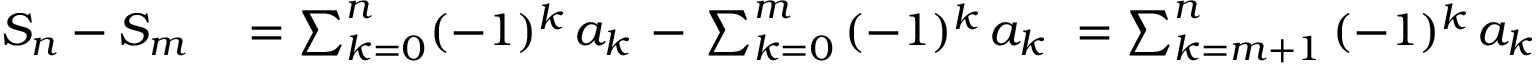
\begin{array} { r l } { S _ { n } - S _ { m } } & { { } = \sum _ { k = 0 } ^ { n } ( - 1 ) ^ { k } \, a _ { k } \, - \, \sum _ { k = 0 } ^ { m } \, ( - 1 ) ^ { k } \, a _ { k } \ = \sum _ { k = m + 1 } ^ { n } \, ( - 1 ) ^ { k } \, a _ { k } } \end{array}